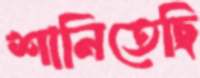
শানিতেছি